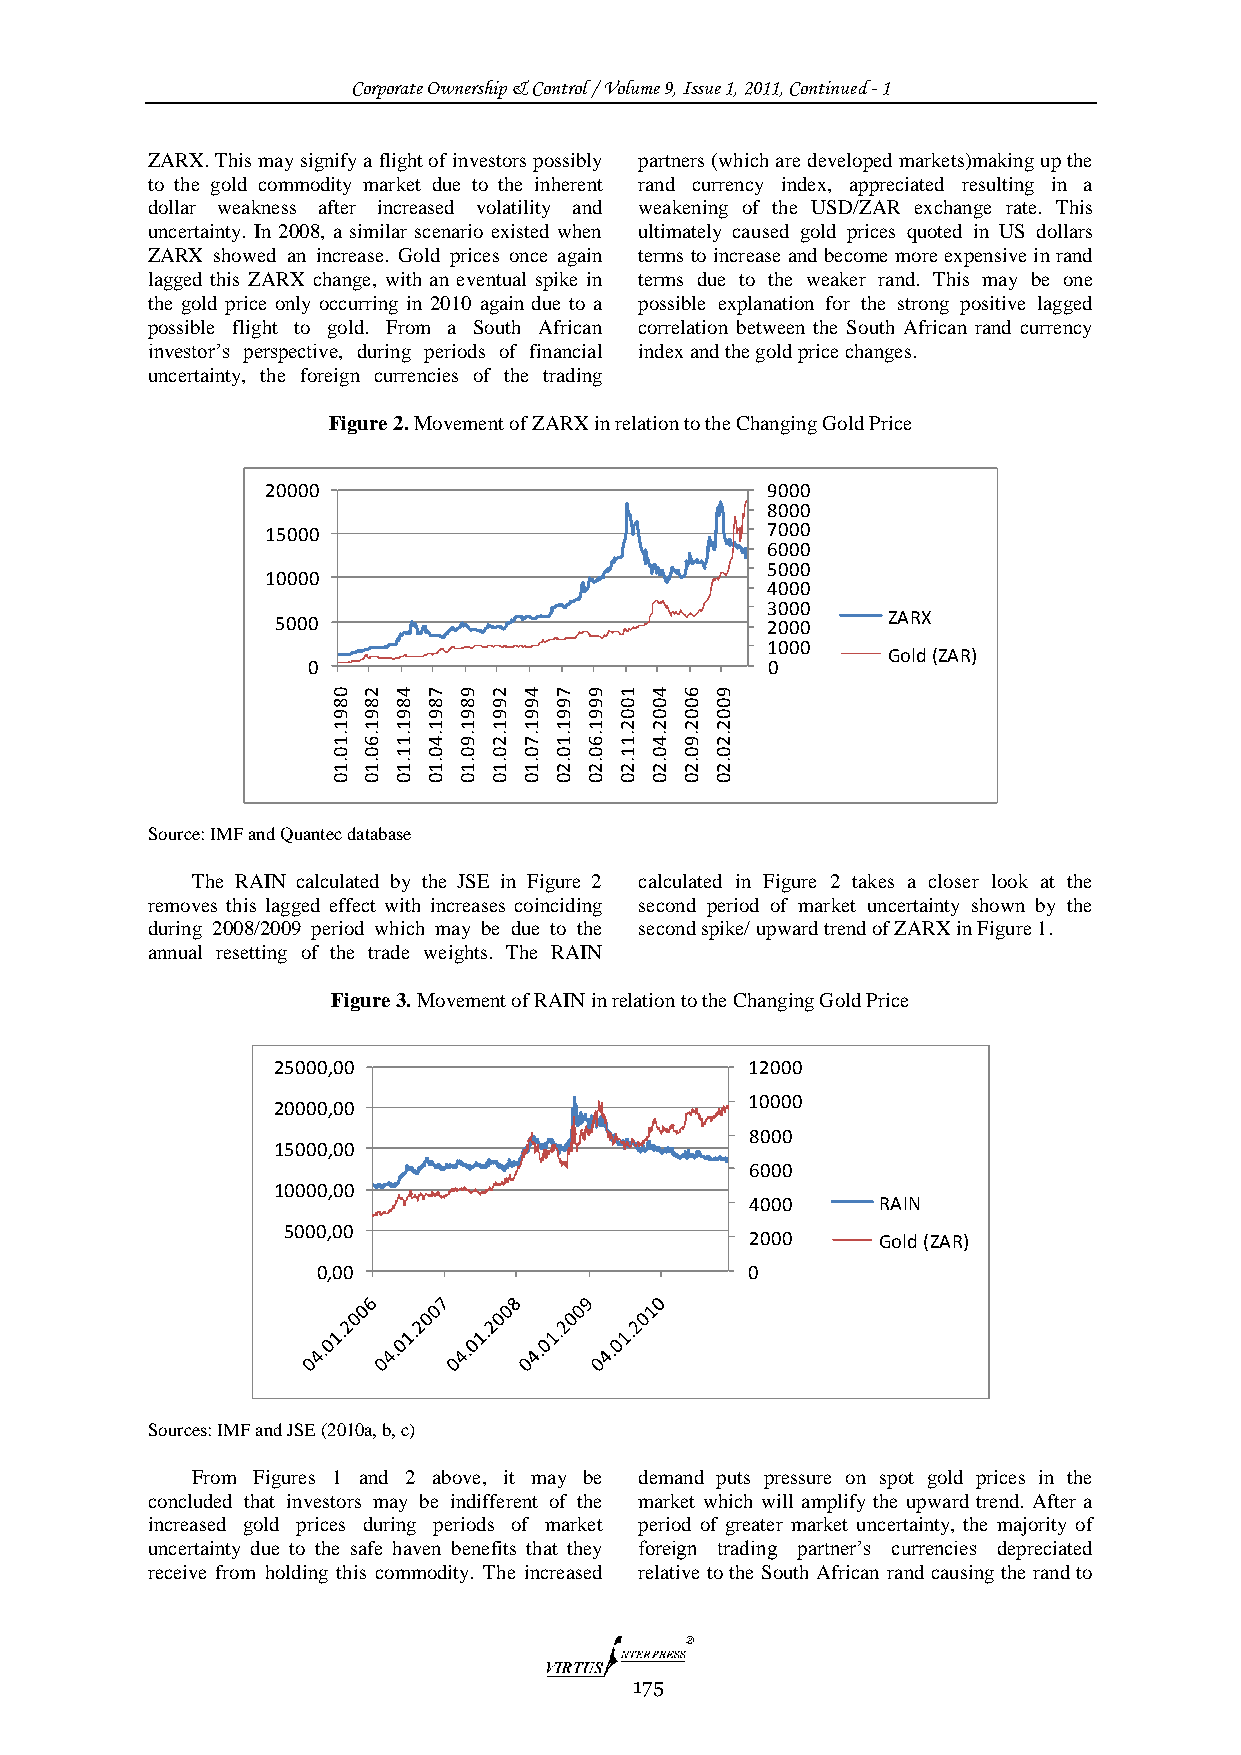
Corporate Ownership & Control / Volume 9, Issue 1, 2011, Continued - 1
 ZARX. This may signify a flight of investors possibly partners (which are developed markets)making up the
 to the gold commodity market due to the inherent rand currency index, appreciated resulting in a
 dollar weakness after increased volatility and weakening of the USD/ZAR exchange rate. This
 uncertainty. In 2008, a similar scenario existed when ultimately caused gold prices quoted in US dollars
 ZARX showed an increase. Gold prices once again terms to increase and become more expensive in rand
 lagged this ZARX change, with an eventual spike in terms due to the weaker rand. This may be one
 the gold price only occurring in 2010 again due to a possible explanation for the strong positive lagged
 possible flight to gold. From a South African correlation between the South African rand currency
 investor‟s perspective, during periods of financial index and the gold price changes.
 uncertainty, the foreign currencies of the trading
 Figure 2. Movement of ZARX in relation to the Changing Gold Price
 20000                            9000
 8000
 15000                            7000
 6000
 5000
 10000
 4000
 3000
 5000                             2000    ZARX
 1000
 Gold (ZAR)
 0                              0
 0 2 4 7 9 2  4 7 9 1 4 6 9
 8 8 8 8 8 9  9 9 9 0 0 0 0
 9 9 9 9 9 9  9 9 9 0 0 0 0
 1 1 1 1 1 1  1 1 1 2 2 2 2
 .1 .6 .1 .4 .9 .2 .7 .1 .6 .1 .4 .9 .2
 0 0 1 0 0 0  0 0 0 1 0 0 0
 .1 .1 .1 .1 .1 .1 .1 .2 .2 .2 .2 .2 .2
 0 0 0 0 0 0  0 0 0 0 0 0 0
 Source: IMF and Quantec database
 The RAIN calculated by the JSE in Figure 2 calculated in Figure 2 takes a closer look at the
 removes this lagged effect with increases coinciding second period of market uncertainty shown by the
 during 2008/2009 period which may be due to the second spike/ upward trend of ZARX in Figure 1.
 annual resetting of the trade weights. The RAIN
 Figure 3. Movement of RAIN in relation to the Changing Gold Price
 25000,00                       12000
 10000
 20000,00
 8000
 15000,00
 6000
 10000,00
 4000    RAIN
 5000,00
 2000    Gold (ZAR)
 0,00                         0
 Sources: IMF and JSE (2010a, b, c)
 From Figures 1 and 2 above, it may be demand puts pressure on spot gold prices in the
 concluded that investors may be indifferent of the market which will amplify the upward trend. After a
 increased gold prices during periods of market period of greater market uncertainty, the majority of
 uncertainty due to the safe haven benefits that they foreign trading partner‟s currencies depreciated
 receive from holding this commodity. The increased relative to the South African rand causing the rand to
 175